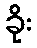
ခိုး